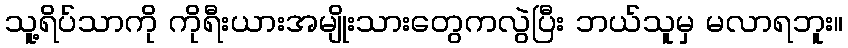
သူ့ရိပ်သာကို ကိုရီးယားအမျိုးသားတွေကလွဲပြီး ဘယ်သူမှ မလာရဘူး။